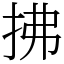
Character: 拂